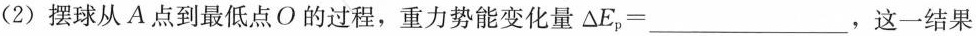
(2)摆球从A点到最低点O的过程，重力势能变化量$$\Delta E_{p}=___$$，这一结果